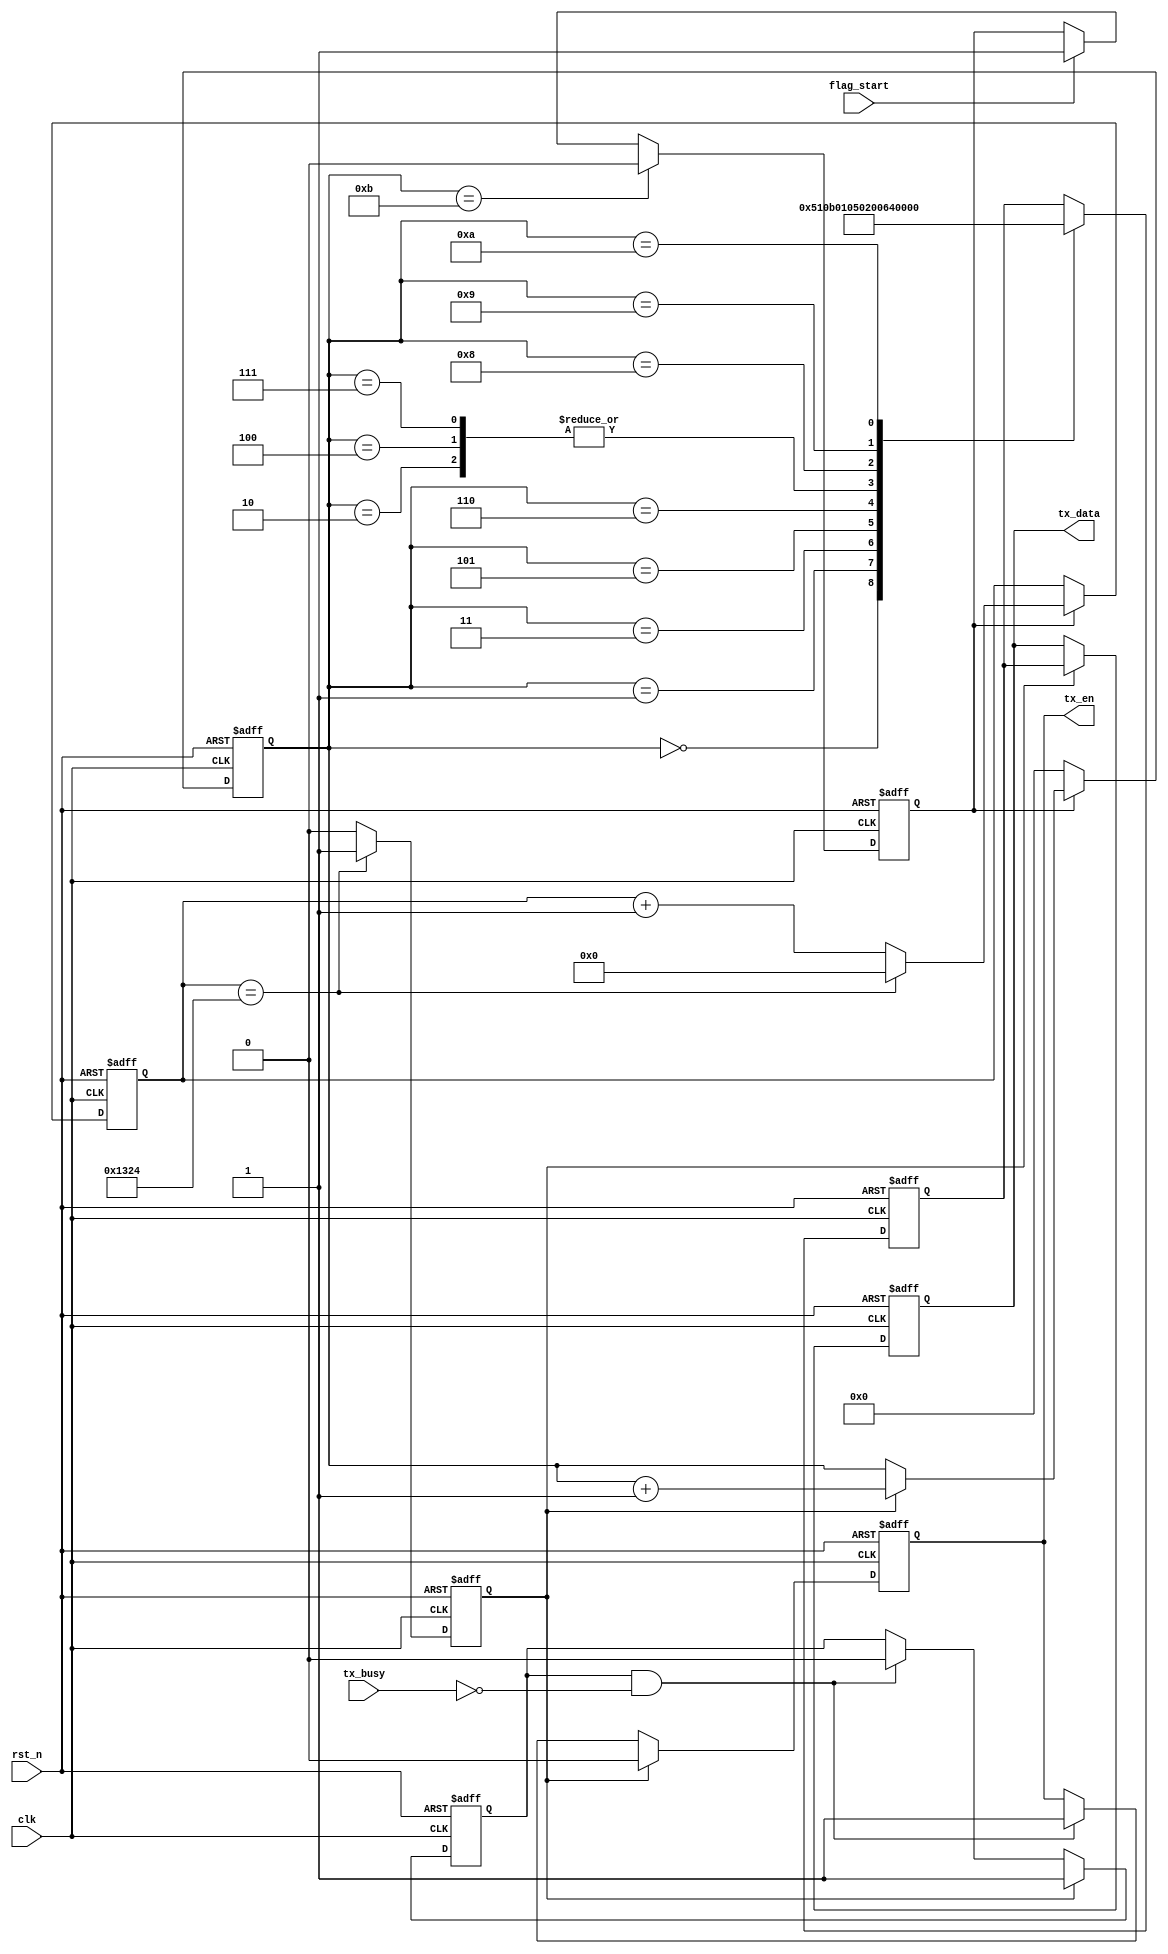
module reg_7Byte(
	input				clk,
	input				rst_n,
	
	input				flag_start,
	input            	tx_busy, 
	
    output reg       	tx_en,                  
    output reg  [7:0] 	tx_data
);

//start and end signs
reg		start_en;
always @(posedge clk or negedge rst_n)begin
	if(!rst_n)
		start_en <= 1'b0;
	else if(cnt_data == 5'd11)
		start_en <= 1'b0;
	else if(flag_start)
		start_en <= 1'b1;
	else
		start_en <= start_en;
end


//delay pos_Byte
reg [15:0] cnt_give_pos;
always @(posedge clk or negedge rst_n)begin
	if(!rst_n)
		cnt_give_pos <= 16'd0;
	else 
		if(start_en) begin
			if(cnt_give_pos == 16'd4900)
				cnt_give_pos <= 16'd0;
			else
				cnt_give_pos <= cnt_give_pos + 1'b1;
		end
		
end

reg	give_en;
always @(posedge clk or negedge rst_n)begin
	if(!rst_n)
		give_en	<= 1'b0;
	else if(cnt_give_pos == 16'd4900)
		give_en <= 1'b1;
	else 
		give_en <= 1'b0;
end
//pos_Byte and cnt of Byte_datas
reg [4:0]	cnt_data;
always @(posedge clk or negedge rst_n)begin
	if(!rst_n)begin
		cnt_data <= 4'b0;
	end
	else 
		if(start_en)begin
			if(give_en)begin
				cnt_data <= cnt_data + 1'b1;
			end
			else begin
				cnt_data <= cnt_data;
			end
		end
		else begin
			cnt_data <= 4'd0;
		end
end

reg [7:0] data_r;
always @(posedge clk or negedge rst_n)begin
	if(!rst_n)begin
		data_r <= 8'b0;
	end
	else case(cnt_data)
			4'd0  	: data_r <= 8'h51;	//标志头
			4'd1		: data_r <= 8'h0B;	//传感器类型
			4'd2    	: data_r <= 8'h00;	//传感器地址
			4'd3		: data_r <= 8'h01;
			4'd4		: data_r <= 8'h00;	//读0x00  写0x01
			4'd5		: data_r <= 8'h05;	//功能码
			4'd6  	: data_r <= 8'h02;  	//数据长度
			4'd7  	: data_r <= 8'h00;	//校验码
			4'd8  	: data_r <= 8'h64;
			4'd9		: data_r <= 8'h0D;	//发送新行
			4'd10		: data_r <= 8'h0A;
			default : ;
	endcase
end


//判断接收完成信号，并在串口发送模块空闲时给出发送使能信号
reg tx_ready;
always @(posedge clk or negedge rst_n) begin         
    if (!rst_n) begin
        tx_ready  <= 1'b0; 
        tx_en   <= 1'b0;
        tx_data <= 8'd0;
    end                                                      
    else begin                                               
        if(give_en)begin                 
            tx_ready  <= 1'b1;                  //准备启动发送过程
            tx_en   <= 1'b0;
            tx_data <= data_r;             //寄存串口接收的数据
        end
        else if(tx_ready && (~tx_busy)) begin   //检测串口发送模块空闲
            tx_ready <= 1'b0;                   //准备过程结束
            tx_en  <= 1'b1;                   //拉高发送使能信号
        end
    end
end


endmodule